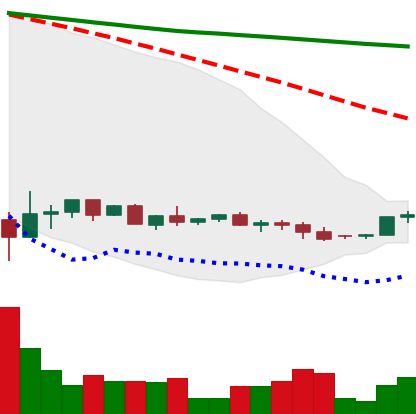
Ticker: XRP-USD
Chart end date: 2022-05-31
Forward return: -6.279%
Label: down_5_7